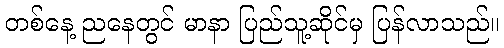
တစ်နေ့ ညနေတွင် မာနာ ပြည်သူ့ဆိုင်မှ ပြန်လာသည်။